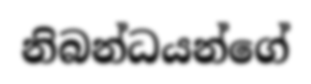
නිබන්ධයන්ගේ